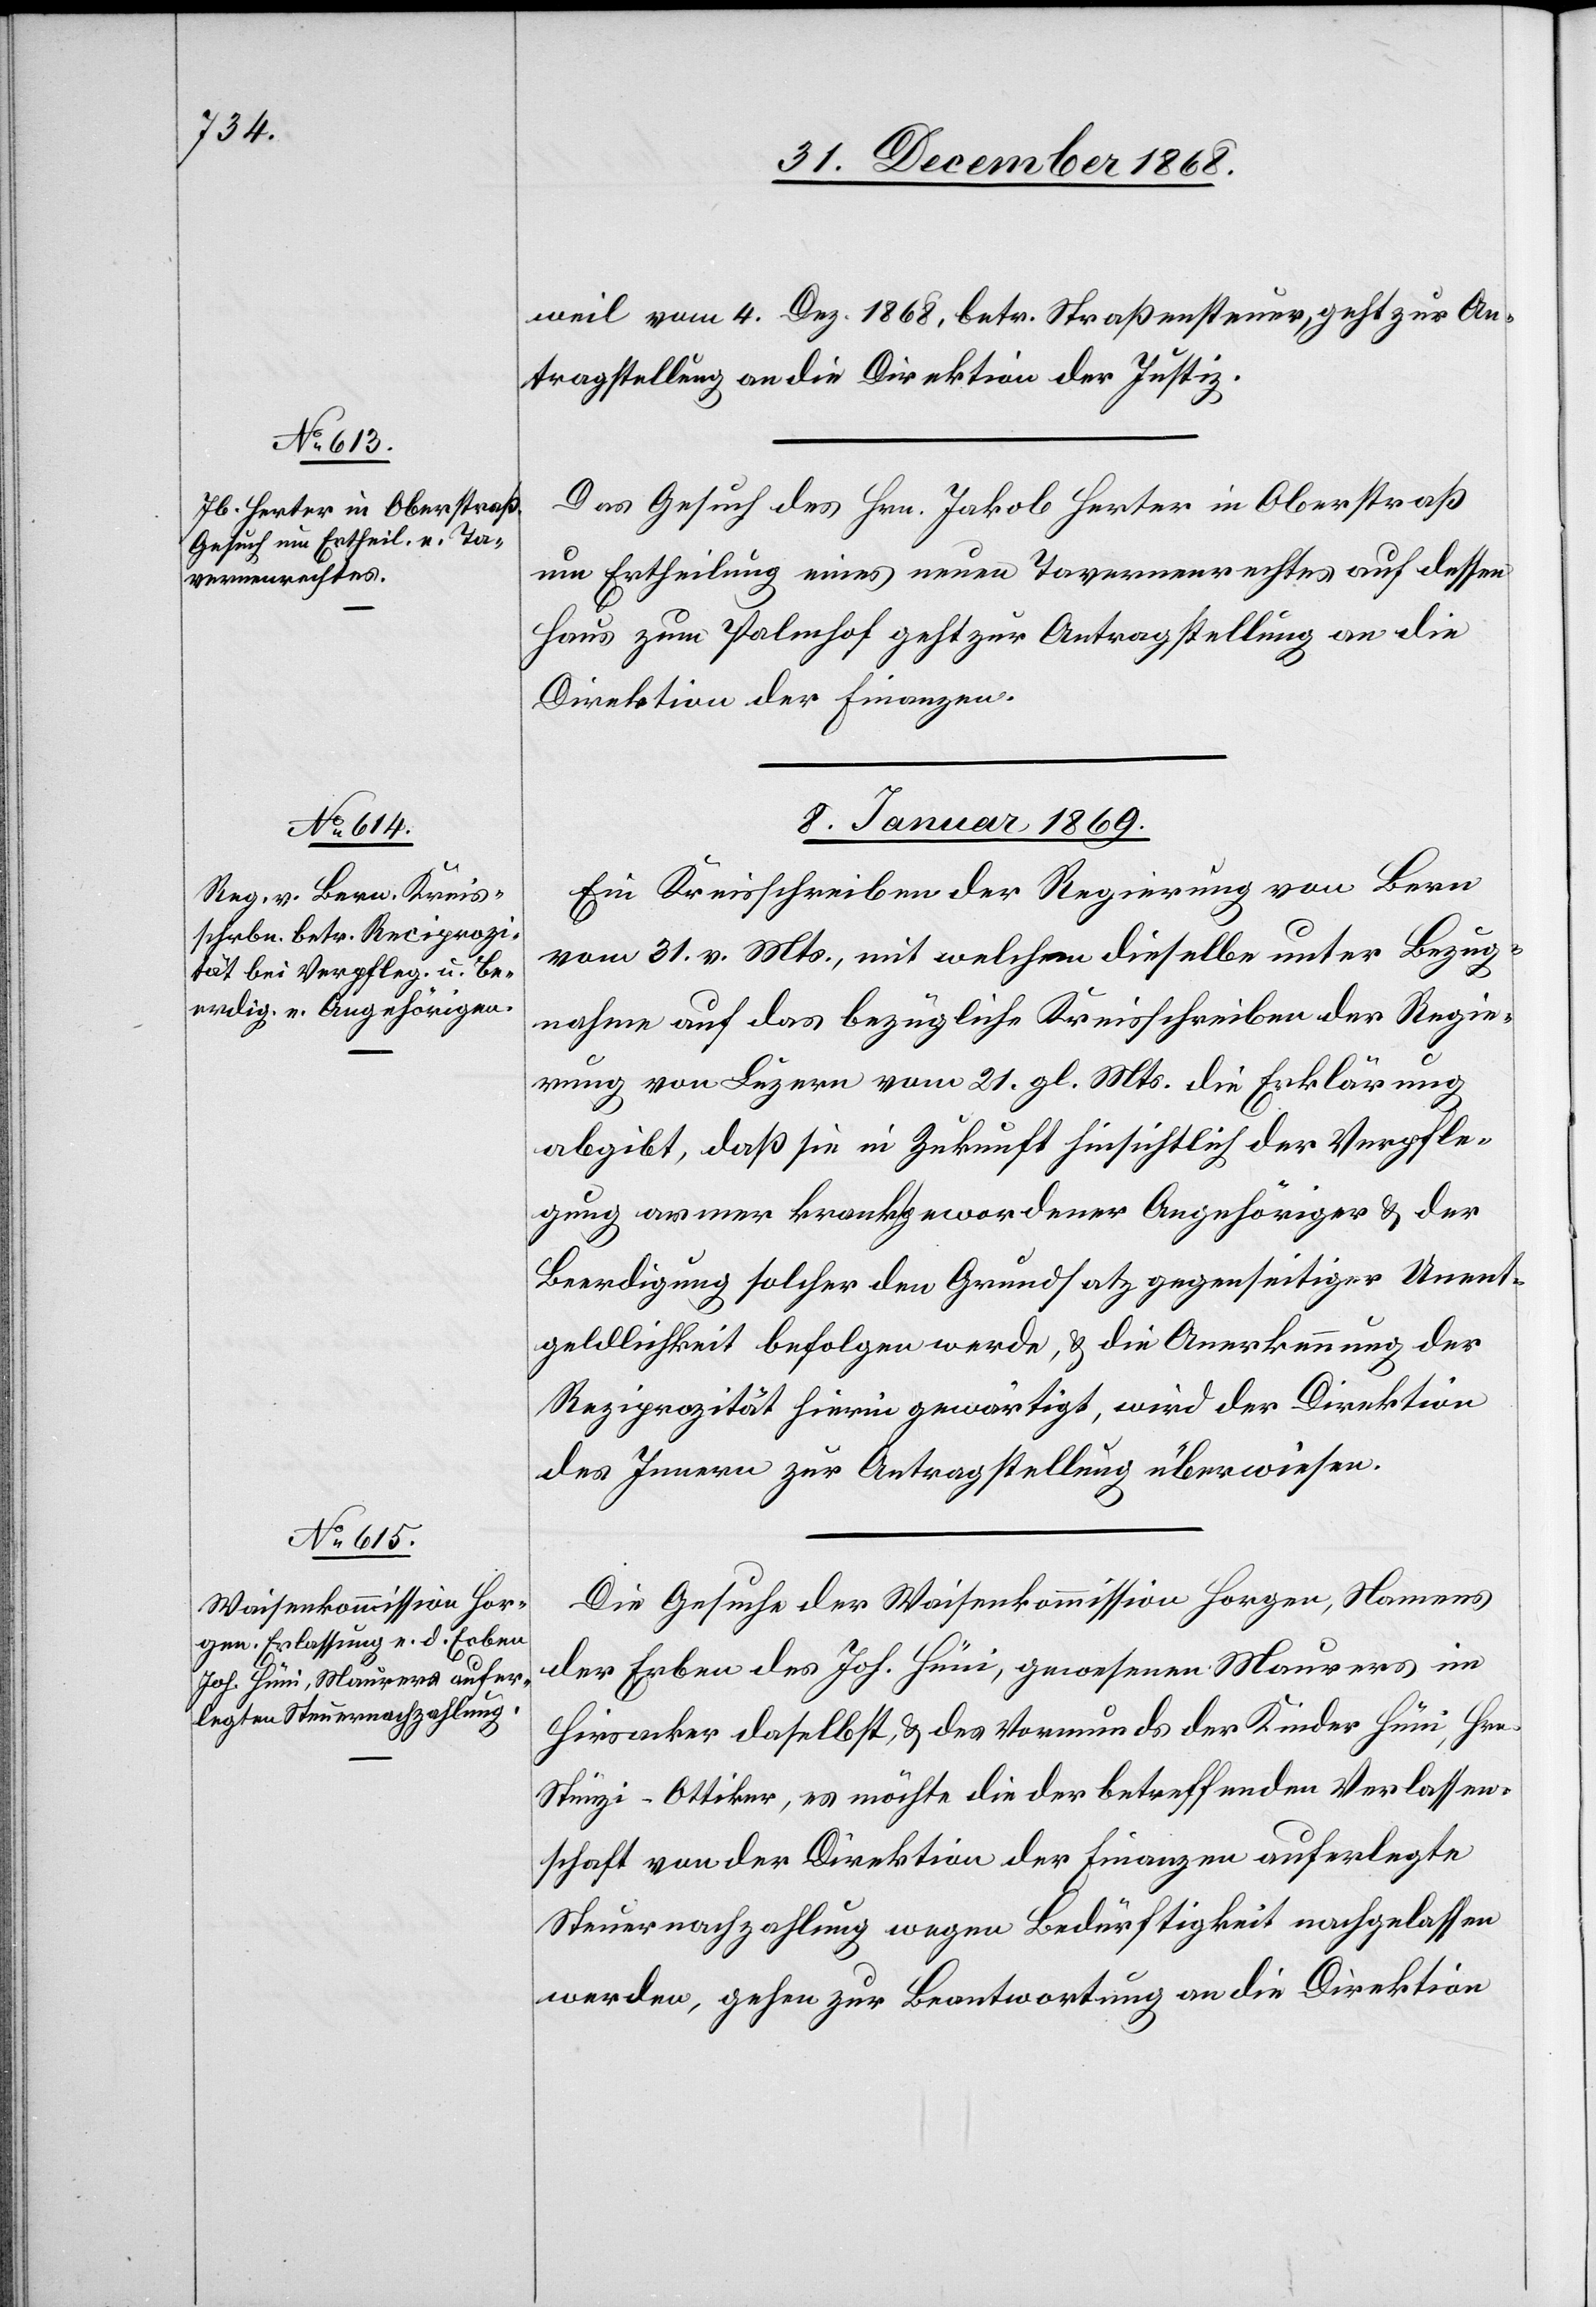
weil vom 4. Dez. 1868, betr. Straßensteuer, geht zur An¬
tragstellung an die Direktion der Justiz.
Das Gesuch des Hrn. Jakob Herter in Oberstraß
um Ertheilung eines neuen Tavernenrechtes auf dessen
Haus zum Palmhof geht zur Antragstellung an die
Direktion der Finanzen.
8. Januar 1869.]
Ein Kreisschreiben der Regierung von Bern
vom 31. v. Mts., mit welchem dieselbe unter Bezug¬
nahme auf das bezügliche Kreisschreiben der Regie¬
rung von Luzern vom 21. gl. Mts. die Erklärung
abgibt, daß sie in Zukunft hinsichtlich der Verpfle¬
gung armer krank gewordener Angehöriger & der
Beerdigung solcher den Grundsatz gegenseitiger Unent¬
geldlichkeit befolgen werde, & die Anerkennung der
Reziprozität hierin gewärtigt, wird der Direktion
des Innern zur Antragstellung überwiesen.
Die Gesuche der Waisenkommission Horgen, Namens
der Erben des Joh. Hüni, gewesenen Maurers im
Hirsacker daselbst, & des Vormunds der Kinder Hüni, Hrn.
Stünzi-Ottiker, es möchte die der betreffenden Verlassen¬
schaft von der Direktion der Finanzen auferlegte
Steuernachzahlung wegen Bedürftigkeit nachgelassen
werden, gehen zur Beantwortung an die Direktion